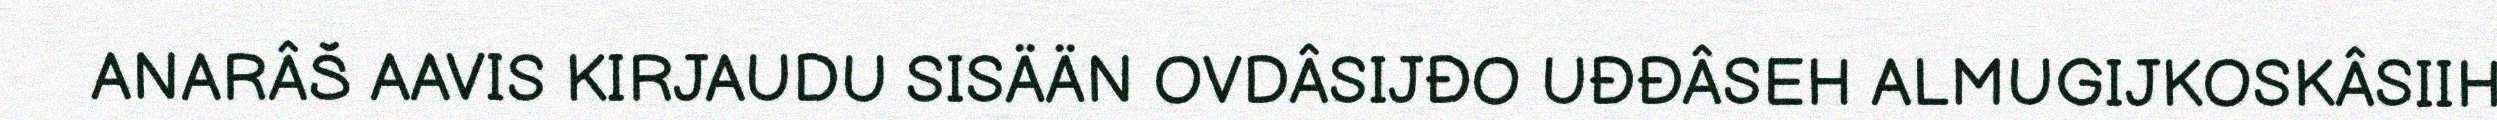
ANARÂŠ AAVIS KIRJAUDU SISÄÄN OVDÂSIJĐO UĐĐÂSEH ALMUGIJKOSKÂSIIH